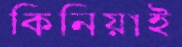
কিনিয়াই